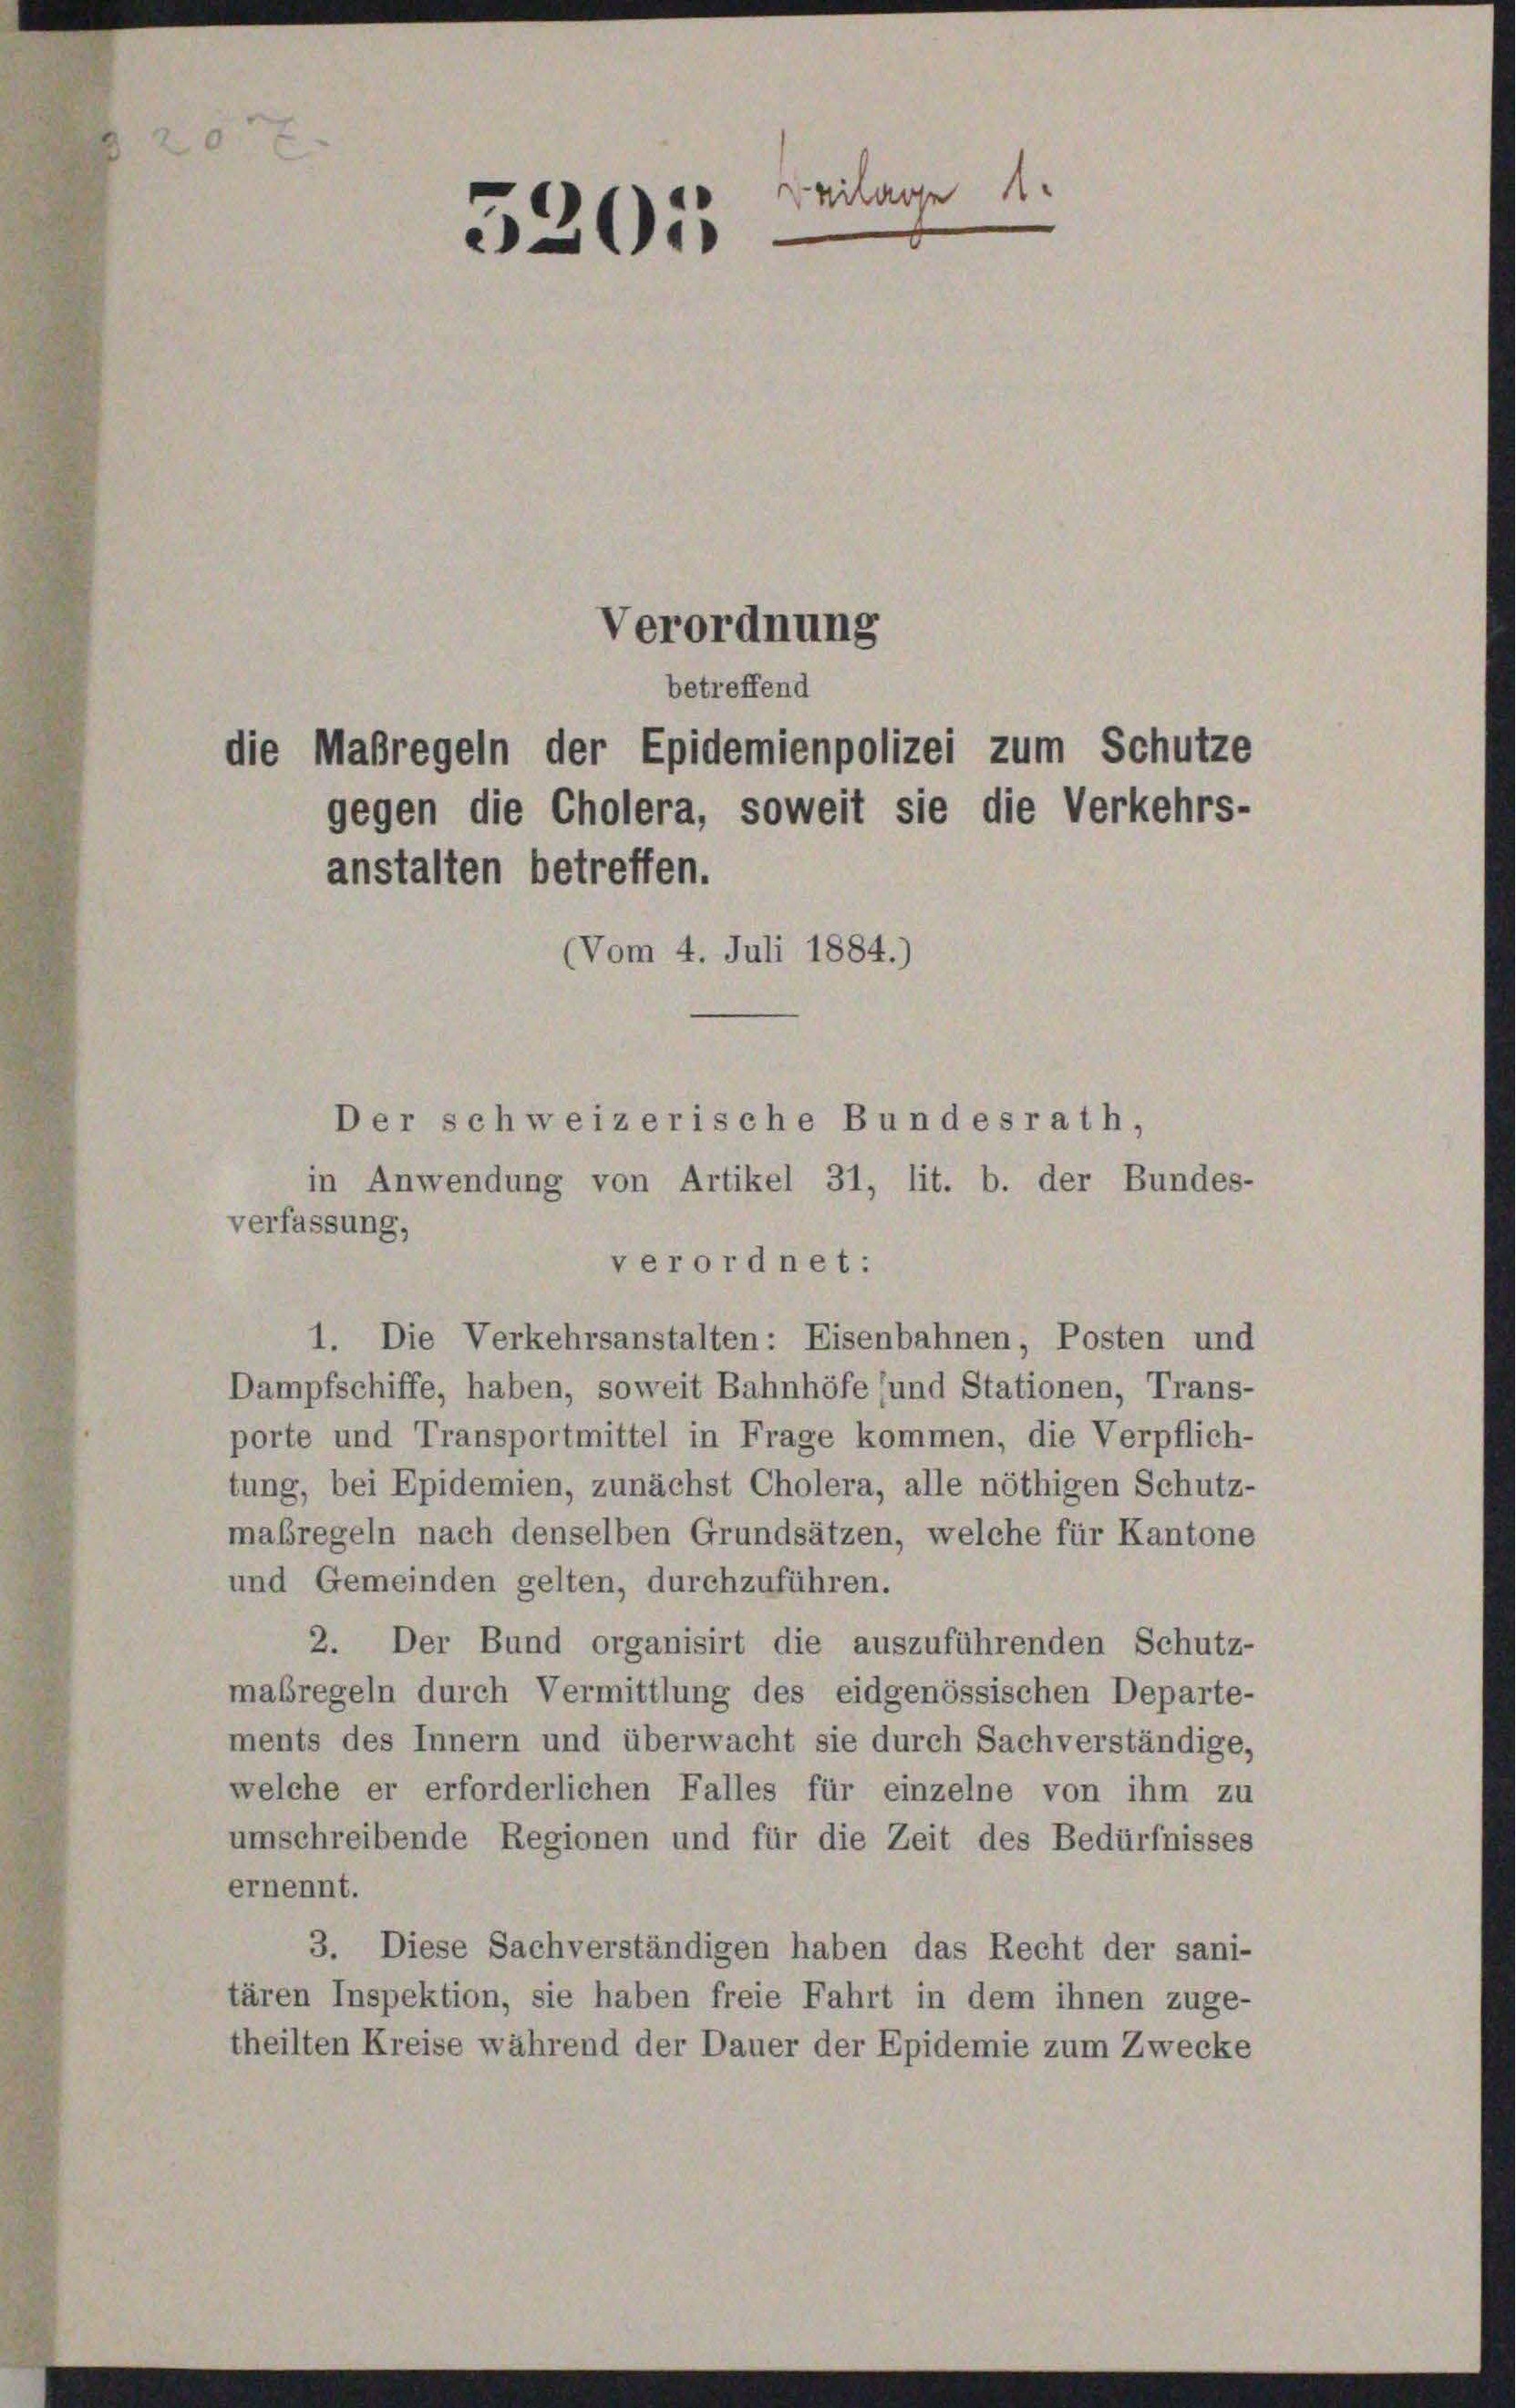
x
Beilage
e
520.

Verordnung
betreffend
die Maßregeln der Epidemienpolizei zum Schutze
gegen die Cholera, soweit sie die Verkehrs-
anstalten betreffen.
(Vom 4. Juli 1884.)
Der schweizerische Bundesrath,

in Anwendung von Artikel 31, lit. b. der Bundes-
verfassung,
verordnet:
1. Die Verkehrsanstalten: Eisenbahnen, Posten und
Dampfschiffe, haben, soweit Bahnhöfe (und Stationen, Trans-
porte und Transportmittel in Frage kommen, die Verpflich-
tung, bei Epidemien, zunächst Cholera, alle nöthigen Schutz-
maßregeln nach denselben Grundsätzen, welche für Kantone
und Gemeinden gelten, durchzuführen.
2. Der Bund organisirt die auszuführenden Schutz-
maßregeln durch Vermittlung des eidgenössischen Departe-
ments des Innern und überwacht sie durch Sachverständige,
welche er erforderlichen Falles für einzelne von ihm zu
umschreibende Regionen und für die Zeit des Bedürfnisses
ernennt.
3. Diese Sachverständigen haben das Recht der sani-
tären Inspektion, sie haben freie Fahrt in dem ihnen zuge-
theilten Kreise während der Dauer der Epidemie zum Zwecke